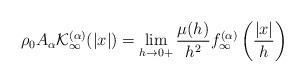
LaTeX: \begin{align*}\rho_0A_{\alpha}{\cal K}^{(\alpha)}_{\infty}(|x|) = \lim_{h\rightarrow 0+} \frac{\mu(h)}{h^2} f_{\infty}^{(\alpha)}\left(\frac{|x|}{h}\right)\end{align*}